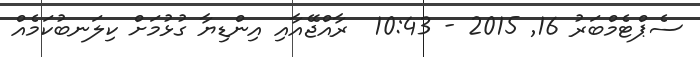
ސެޕްޓެމްބަރު 16